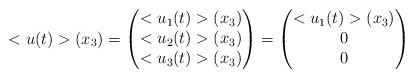
LaTeX: \begin{align*}<u(t)>(x_3)=\begin{pmatrix}<u_1(t)>(x_3)\\<u_2(t)>(x_3)\\<u_3(t)>(x_3)\end{pmatrix}=\begin{pmatrix}<u_1(t)>(x_3)\\0\\0\end{pmatrix}\end{align*}